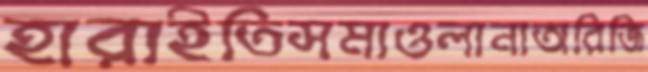
হারাইতিসমাওলানাঅরিজি